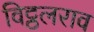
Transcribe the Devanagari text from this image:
विट्ठलराव